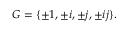
G = \{ \pm 1 , \pm i , \pm j , \pm i j \} .